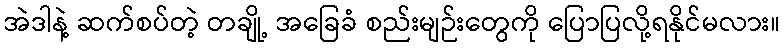
အဲဒါနဲ့ ဆက်စပ်တဲ့ တချို့ အခြေခံ စည်းမျဉ်းတွေကို ပြောပြလို့ရနိုင်မလား။